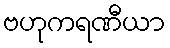
ဗဟုကရဏီယာ